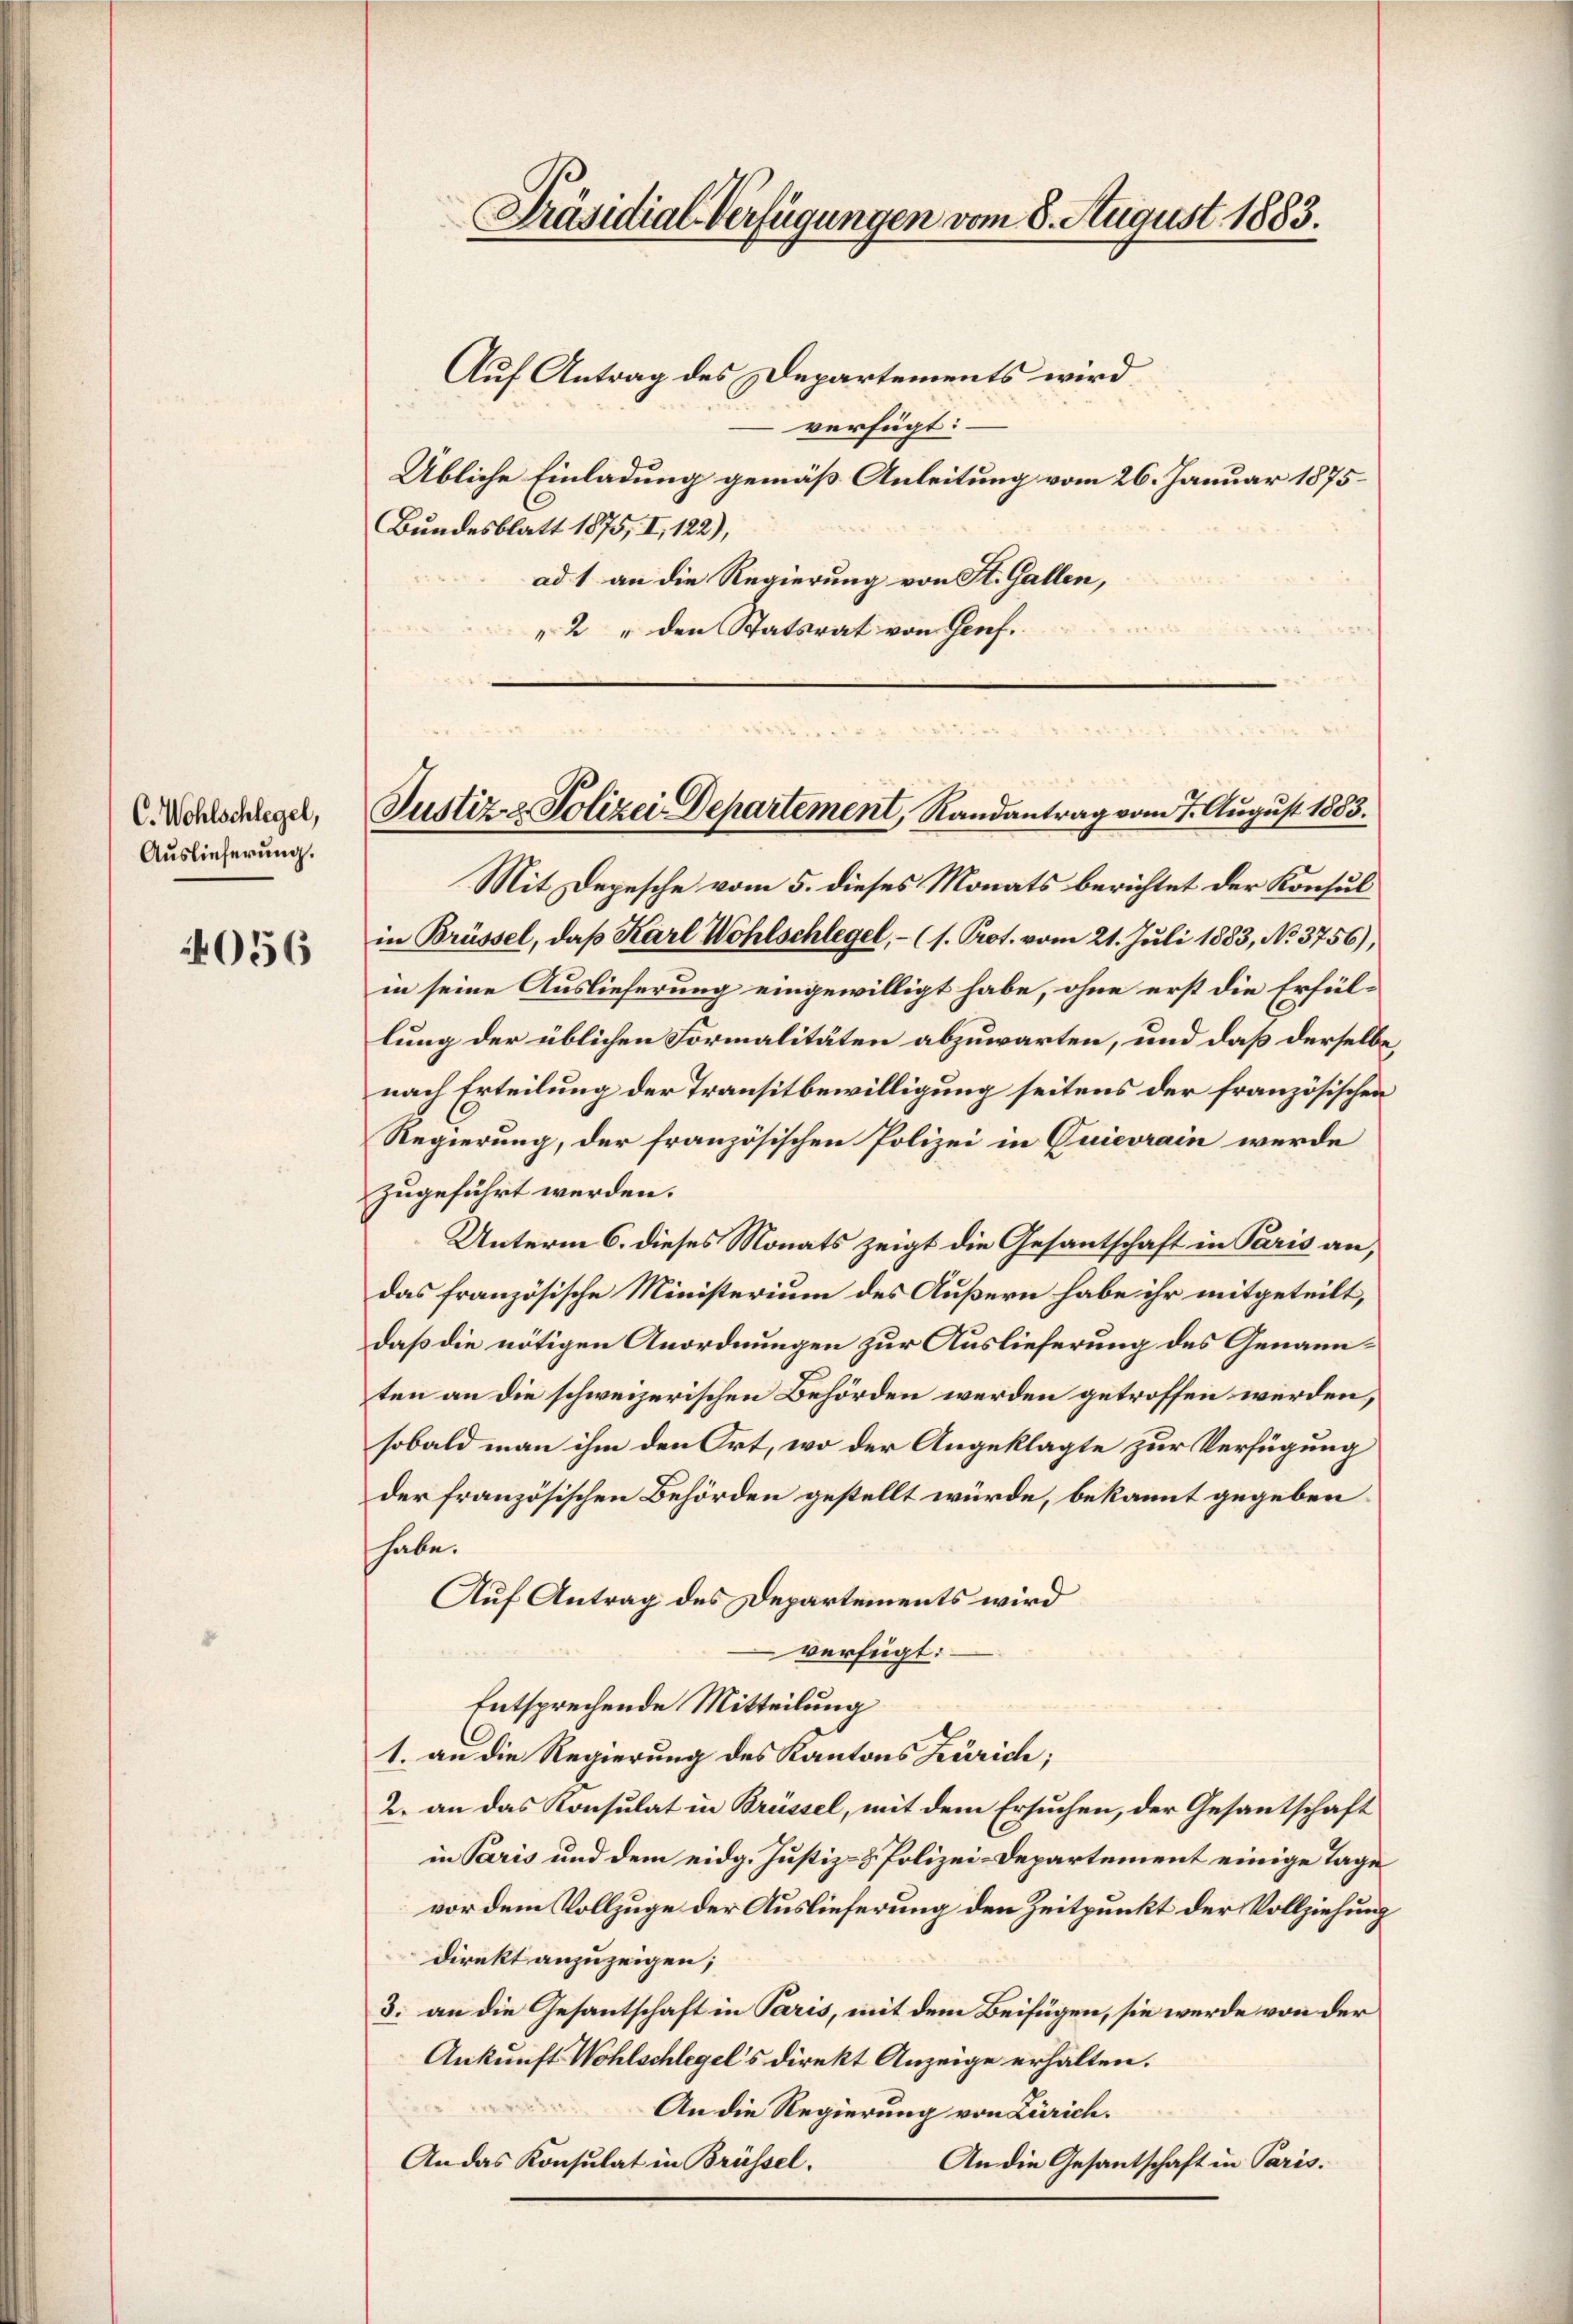
C. Wohlschlegel,
Auslieferung.

056

Präsidial-Verfügungen vom 8. August 1883.

Auf Antrag des Departements wird
verfügt:
Übliche Einladung gemäß Anleitung vom 26. Januar 1875
Bundesblatt 1875, I, 122),
ad 1. an die Regierung von St. Gallen,
2 " den Statsrat von Genf.

Mit Depesche vom 5. dieses Monats berichtet der Konsul
in Brüssel, daß Karl Wohlschlegel, – (1. Prot. vom 21. Juli 1883, No. 3756),
in seine Auslieferung eingewilligt habe, ohne erst die Erfüllung der üblichen Formalitäten abzuwarten, und daß derselbe
nach Erteilung der Transitbewilligung seitens der französischen
Regierung, der französischen Polizei in Cuievrain werde
zugeführt werden.
Unterm 6. dieses Monats zeigt die Gesantschaft in Paris an,
das französische Ministerium des Äußern habe ihr mitgeteilt,
daß die nötigen Anordnungen zur Auslieferung des Genannten an die schweizerischen Behörden werden getroffen werden,
sobald man ihm den Ort, wo der Angeklagte zur Verfügung
der französischen Behörden gestellt würde, bekannt gegeben
habe.
Auf Antrag des Departements wird
verfügt:
Entsprechende Mitteilung
1. an die Regierung des Kantons Zürich;
2. an das Konsulat in Brüssel, mit dem Ersuchen, der Gesantschaft
in Paris und dem eidg. Justiz- & Polizei-Departement einige Tage
vor dem Vollzuge der Auslieferung den Zeitpunkt der Vollziehung
direkt anzuzeigen;
3. an die Gesantschaft in Paris, mit dem Beifügen, sie werde von der
Ankunft Wohlschlegels direkt Anzeige erhalten.
An die Regierung von Zürich.
An das Konsulat in Brüssel.
An die Gesantschaft in Paris.

Justiz- & Polizei Departement, Randantrag vom 7. August 1883.